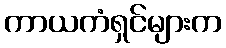
ကာယကံရှင်များက